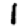
Digit: 1